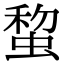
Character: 䖿